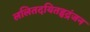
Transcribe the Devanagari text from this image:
ललितदयितहृद्रंजन